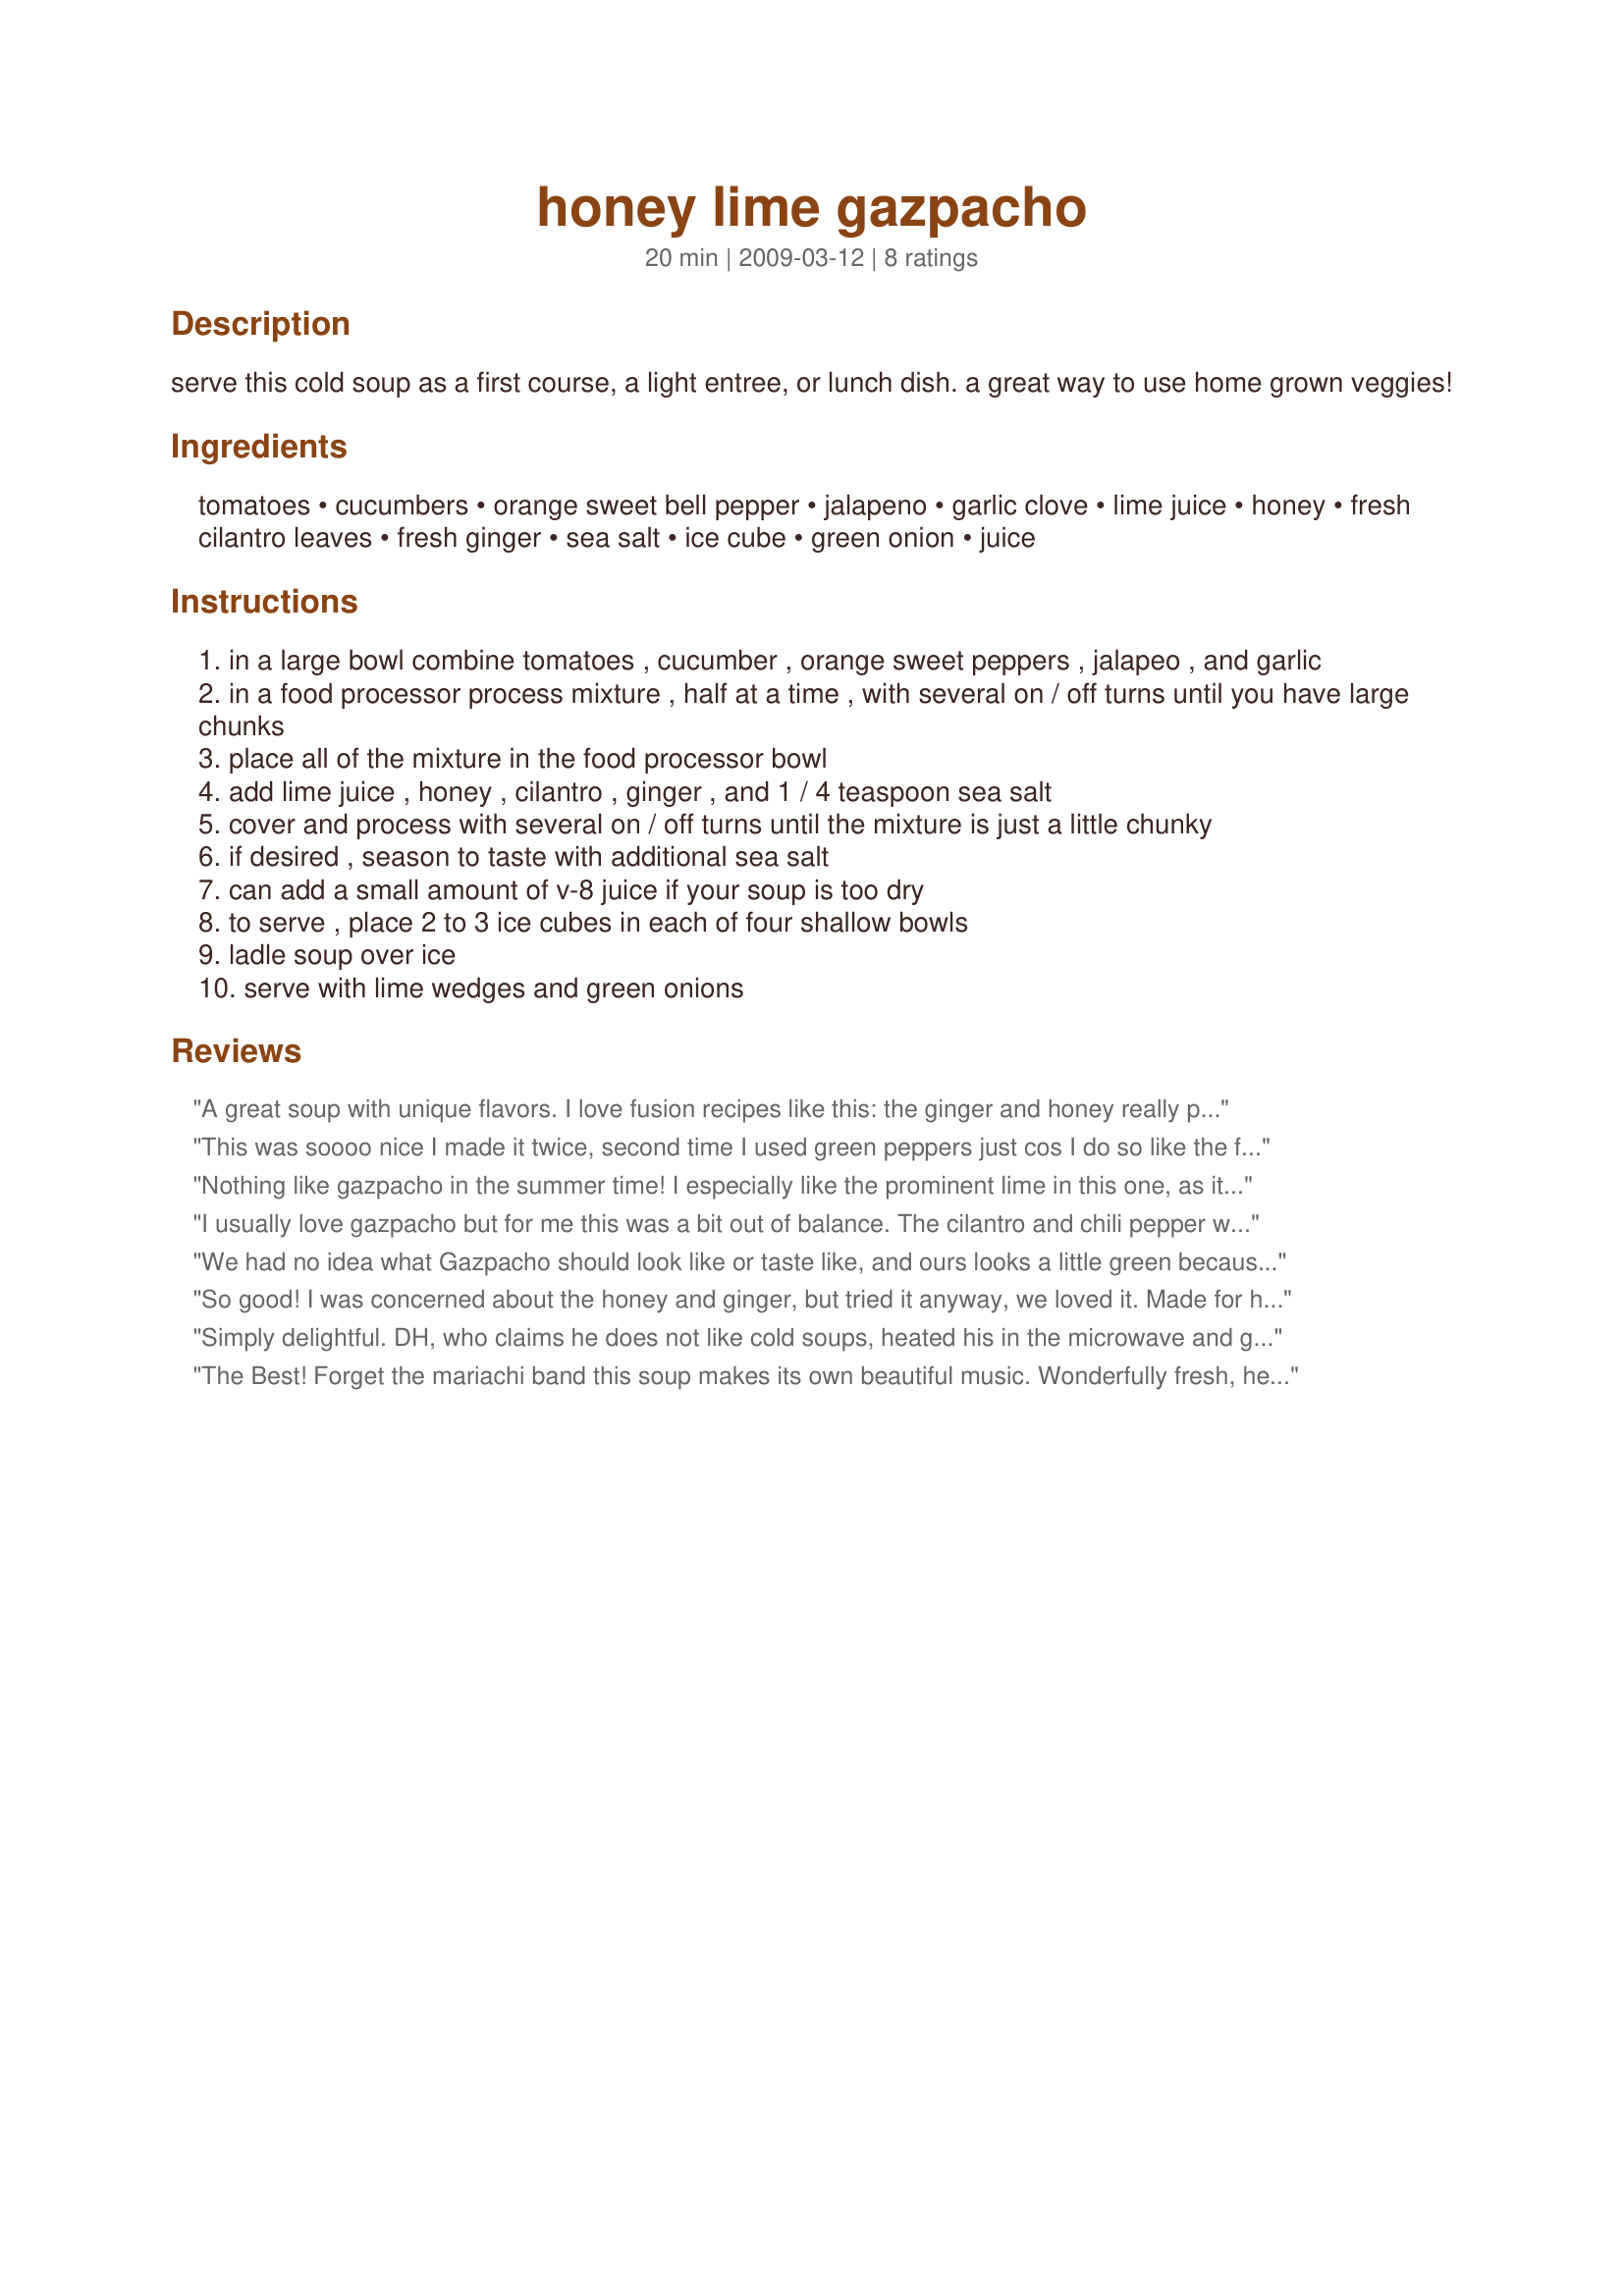
honey lime gazpacho
Preparation time: 20 minutes

serve this cold soup as a first course, a light entree, or lunch dish. a great way to use home grown veggies!

Ingredients:
tomatoes, cucumbers, orange sweet bell pepper, jalapeno, garlic clove, lime juice, honey, fresh cilantro leaves, fresh ginger, sea salt, ice cube, green onion, juice

Steps:
in a large bowl combine tomatoes , cucumber , orange sweet peppers , jalapeo , and garlic
in a food processor process mixture , half at a time , with several on / off turns until you have large chunks
place all of the mixture in the food processor bowl
add lime juice , honey , cilantro , ginger , and 1 / 4 teaspoon sea salt
cover and process with several on / off turns until the mixture is just a little chunky
if desired , season to taste with additional sea salt
can add a small amount of v-8 juice if your soup is too dry
to serve , place 2 to 3 ice cubes in each of four shallow bowls
ladle soup over ice
serve with lime wedges and green onions

Reviews:
A great soup with unique flavors. I love fusion recipes like this: the ginger and honey really perk up what would otherwise be a pretty standard gazpacho. This tasted even better after being chilled in the fridge for a few hours - no need for ice cubes.
This was soooo nice I made it twice, second time I used green peppers just cos I do so like the flavour and haven't got a sweet tooth. Just a lovely summer soup. Thank you Kitty for this recipe I will be using it often. Tagged for zaar tag.
Nothing like gazpacho in the summer time! I especially like the prominent lime in this one, as it complemented everything else very nicely. Unfortunately, my soup turned out fairly dry, like a salsa; DS refused to eat it with a spoon instead opting for chips 'it's a salsa mom, it needs chips, not a spoon...' Maybe next time I would leave the tomatoes whole instead of seeding them for extra juice.
I usually love gazpacho but for me this was a bit out of balance. The cilantro and chili pepper were dominant and I didn't care for the sweetness from the honey. Adding some V8 might help with the balance, but I don't usually keep it on hand. The texture was perfect and the food processor made it quick and easy. I will let this meld a while longer, and try it as salsa as another reveiwer suggested. Made for the Comfort Cafe July 09
We had no idea what Gazpacho should look like or taste like, and ours looks a little green because we used a green pepper in place of the orange one. Aside from all that, this stuff is good! Spicy because of the jalapeno, but all the flavors are present and make themselves known, with the ginger and celantro giving it a twist and the honey lending sweetness. Made for Comfort Cafe, July 09.
So good! I was concerned about the honey and ginger, but tried it anyway, we loved it. Made for holiday tag.
Simply delightful. DH, who claims he does not like cold soups, heated his in the microwave and gave a rave review, as well. This recipe required me to unpack my large food processor, so I am still on my learning curve. No worry, all tasted fine! Leftovers will become my afternoon snacks. Thank you for sharing this recipe, kittycatmom! Made for 1-2-3 Hit Wonders.
The Best! Forget the mariachi band this soup makes its own beautiful music. Wonderfully fresh, health, well balanced and light. What gives this soup its great unique taste is the lime and honey. Will be making this lots. Thanks so much for the post.
